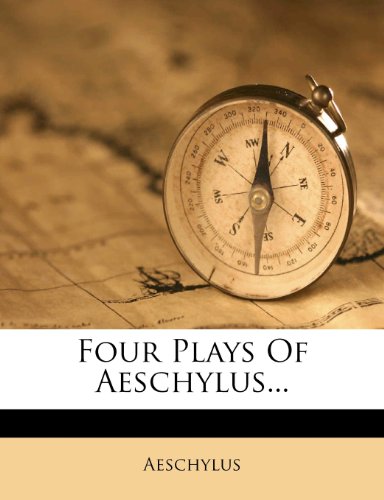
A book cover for Four Plays Of Aeschylus...; Literature & Fiction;